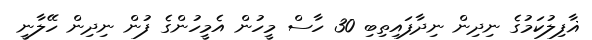
ޣާފިލުކަމުގެ ނިދިން ނިދާފައިތިބި 30 ހާސް މީހުން އެމީހުންގެ ފުން ނިދިން ހޭލާނީ